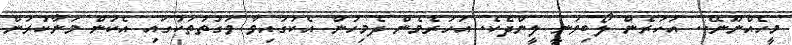
މީހެއްނޫނޭ.. އަހަރެން ލޯބިވަނީ ލީންދެކެ. އަހަރެމެން ދެމިހުން އެކުގައިވާ ވަގުތުތަކުގައި އެކަން މަނާކުރަން